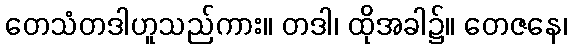
တေသံတဒါဟူသည်ကား။ တဒါ၊ ထိုအခါ၌။ တေဇနေ၊